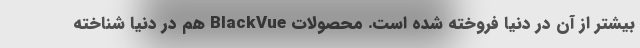
بیشتر از آن در دنیا فروخته شده است. محصولات BlackVue هم در دنیا شناخته